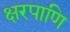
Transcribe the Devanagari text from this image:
क्षरपाणि